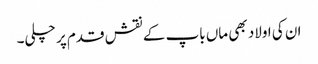
ان کی اولاد بھی ماں باپ کے نقش قدم پر چلی۔